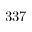
3 3 7